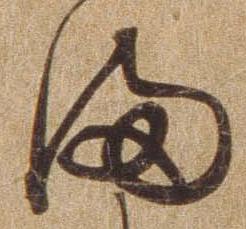
ま